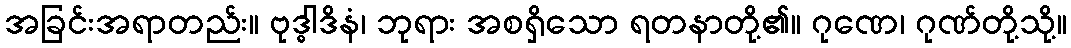
အခြင်းအရာတည်း။ ဗုဒ္ဓါဒိနံ၊ ဘုရား အစရှိသော ရတနာတို့၏။ ဂုဏေ၊ ဂုဏ်တို့သို့။